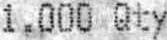
1.000 QTY